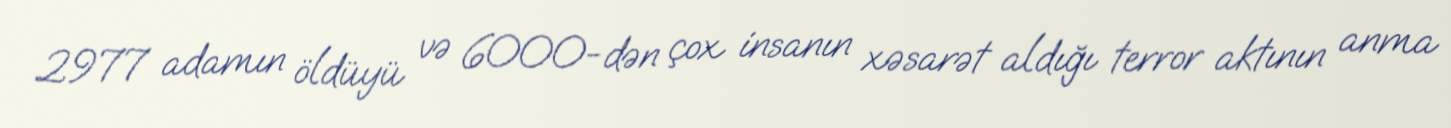
2977 adamın öldüyü və 6000-dən çox insanın xəsarət aldığı terror aktının anma